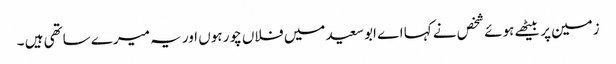
زمین پر بیٹھے ہوئے شخص نے کہا اے ابو سعید میں فلاں چور ہوں اور یہ میرے ساتھی ہیں ۔